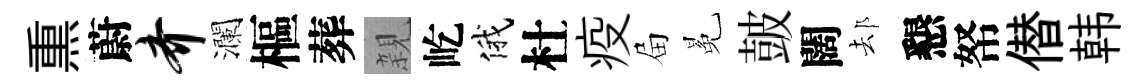
𤋱蔚齐瀾樞葬親屹俄杜疫屇冕皷闊𨚫懇帑僣韩